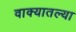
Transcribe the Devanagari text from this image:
वाक्यातल्या